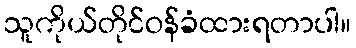
သူကိုယ်တိုင်ဝန်ခံထားရတာပါ။